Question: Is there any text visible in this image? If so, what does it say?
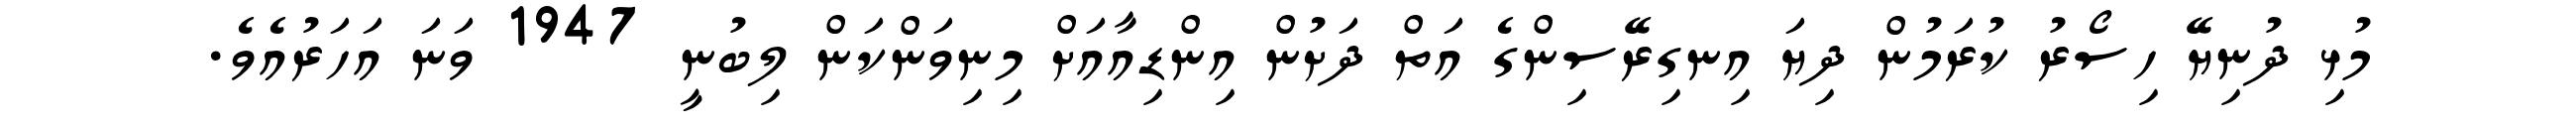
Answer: މުޅި ދުނިޔޭ ހިސޯރު ކުރަމުން ދިޔަ އިނގިރޭސިންގެ އަތް ދަށުން އިންޑިއާއަށް މިނިވަންކަން ލިބުނީ 1947 ވަނަ އަހަރުއެވެ.